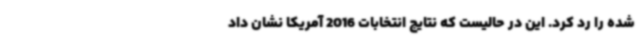
شده را رد کرد. این در حالیست که نتایج انتخابات 2016 آمریکا نشان داد